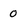
Character: 0